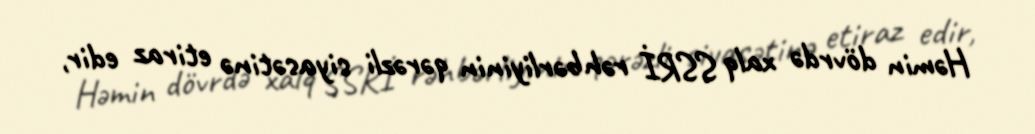
Həmin dövrdə xalq SSRİ rəhbərliyinin qərəzli siyasətinə etiraz edir,